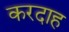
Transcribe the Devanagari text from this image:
करदाह